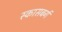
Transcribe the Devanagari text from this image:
स्कासबर्ग